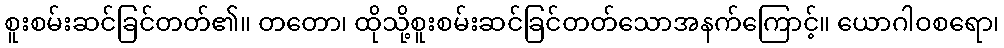
စူးစမ်းဆင်ခြင်တတ်၏။ တတော၊ ထိုသို့စူးစမ်းဆင်ခြင်တတ်သောအနက်ကြောင့်။ ယောဂါဝစရော၊